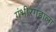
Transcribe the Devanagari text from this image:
गंभीरगडाला